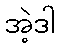
အဲ့ဒါ